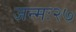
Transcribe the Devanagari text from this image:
जन्मः२७